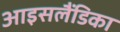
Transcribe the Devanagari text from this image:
आइसलैंडिका